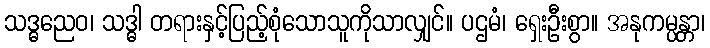
သဒ္ဓညေဝ၊ သဒ္ဓါ တရားနှင့်ပြည့်စုံသောသူကိုသာလျှင်။ ပဌမံ၊ ရှေးဦးစွာ။ အနုကမ္ပန္တာ၊